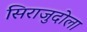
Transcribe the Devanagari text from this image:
सिराजुदोला